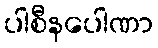
ပါစီနပေါဏာ